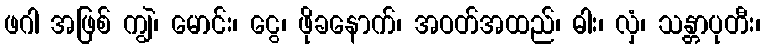
ဖဂါ အဖြစ် ကျွဲ၊ မောင်း၊ ငွေ၊ ဖိုခနောက်၊ အဝတ်အထည်၊ ဓါး၊ လှံ၊ သန္တာပုတီး၊